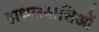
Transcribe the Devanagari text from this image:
हाथलवासिओं